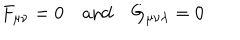
LaTeX: F _ { \mu \nu } = 0 \quad \mathrm { a n d } \quad G _ { \mu \nu \lambda } = 0